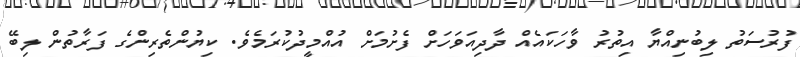
ފުރުސަތު ލިބުނިއްޔާ އިތުރު ވާހަކައެއް ދާދިއަވަހަށް ފެށުމަށް އުއްމީދުކުރަމެވެ. ކިޔުންތެރިންގެ ފަރާތުން ލިބޭ